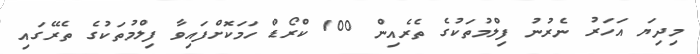
މިދިޔަ އަހަރު ނެރުނު ފިލްމުތަކުގެ ތެރެއިން 100 ކްރޯޑް ހަމަކޮށްފައިވާ ފިލްމުތަކުގެ ތެރޭގައި